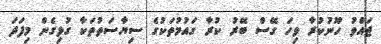
ޖައްވު ހޫނުކުރާ ވިހަ ގޭސް ބޭރު ކުރާ ގައުމުތަކުގެ ސިޔާސަތުތަކާ ގުޅިގެން މިފަދަ